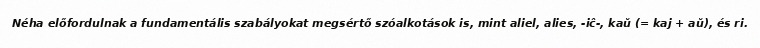
Néha előfordulnak a fundamentális szabályokat megsértő szóalkotások is, mint aliel, alies, -iĉ-, kaŭ (= kaj + aŭ), és ri.